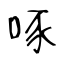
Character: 啄